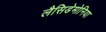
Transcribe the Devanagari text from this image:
लैसिडेमोनिया